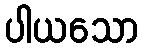
ပါယသော